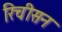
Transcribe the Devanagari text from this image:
रिचीसन